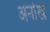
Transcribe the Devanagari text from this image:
अनोख